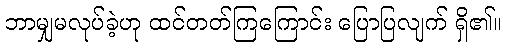
ဘာမျှမလုပ်ခဲ့ဟု ထင်တတ်ကြကြောင်း ပြောပြလျက် ရှိ၏။